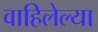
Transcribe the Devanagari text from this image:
वाहिलेल्‍या